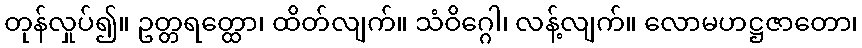
တုန်လှုပ်၍။ ဥတ္တရတ္ထော၊ ထိတ်လျက်။ သံဝိဂ္ဂေါ၊ လန့်လျက်။ လောမဟဋ္ဌဇာတော၊